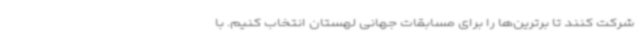
شرکت کنند تا برترین‌ها را برای مسابقات جهانی لهستان انتخاب کنیم. با